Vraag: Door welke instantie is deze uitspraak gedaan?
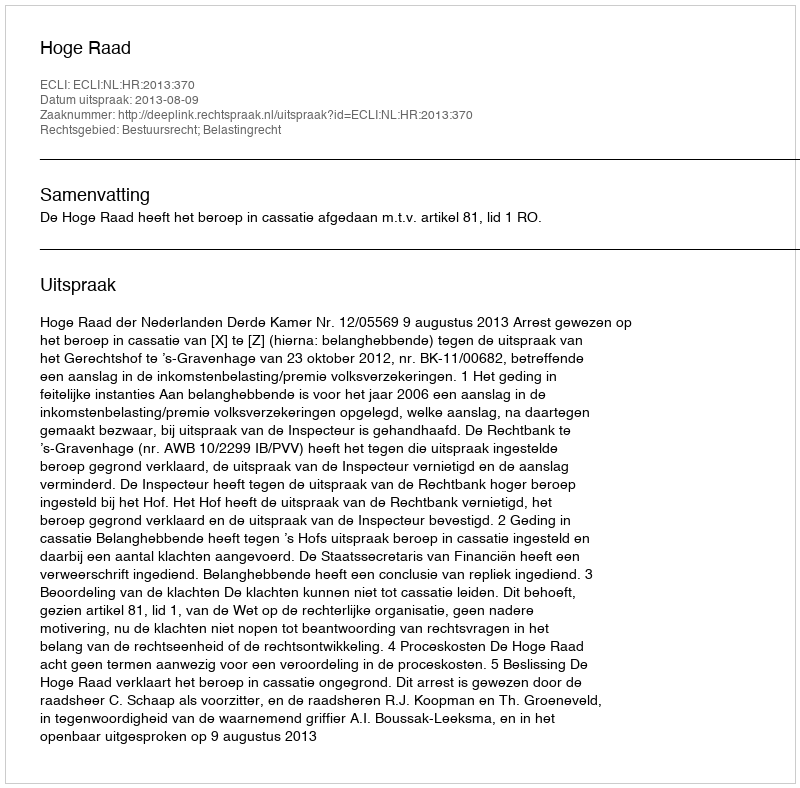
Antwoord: Hoge Raad